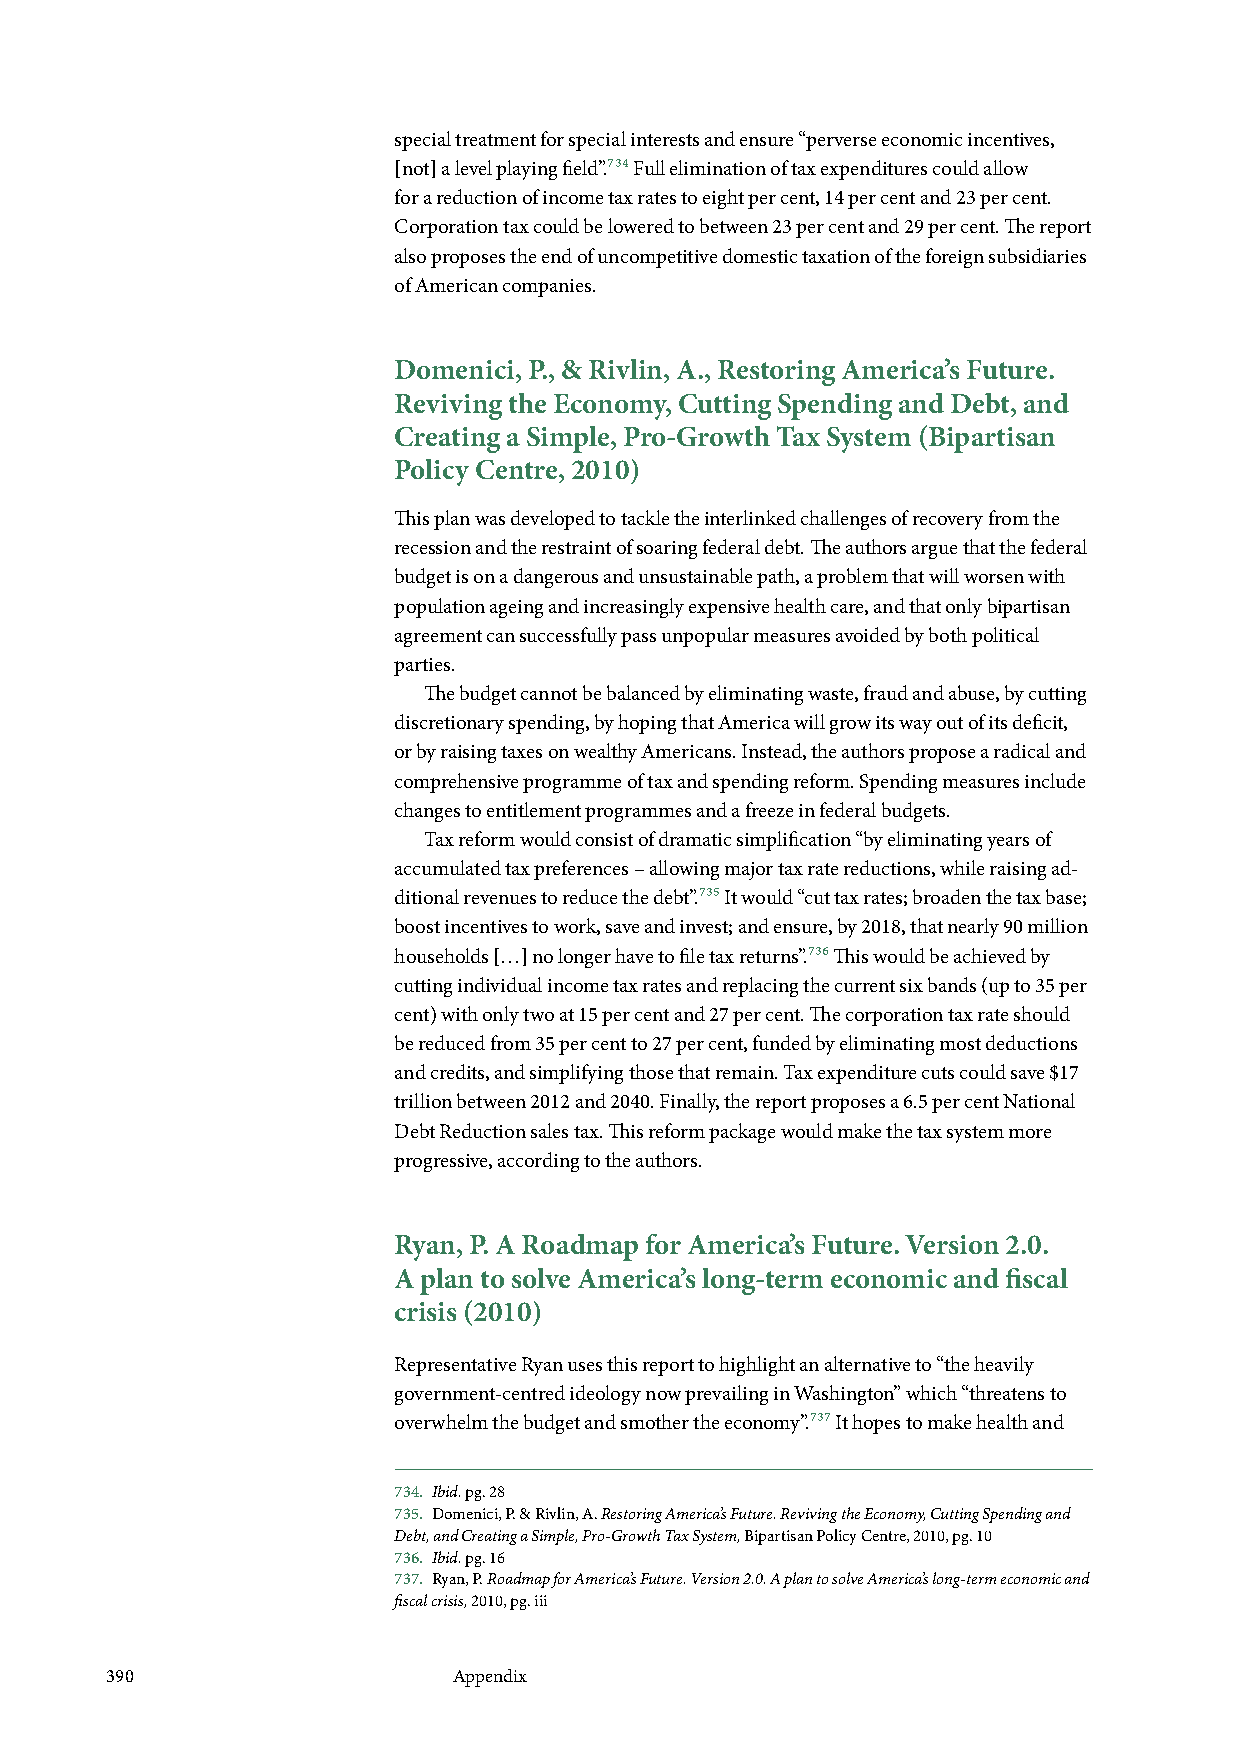
special treatment for special interests and ensure “perverse economic incentives,
 [not] a level playing field”.734 Full elimination of tax expenditures could allow
 for a reduction of income tax rates to eight per cent, 14 per cent and 23 per cent.
 Corporation tax could be lowered to between 23 per cent and 29 per cent. The report
 also proposes the end of uncompetitive domestic taxation of the foreign subsidiaries
 of American companies.
 Domenici, P., & Rivlin, A., Restoring America’s Future.
 Reviving the Economy, Cutting Spending and Debt, and
 Creating a Simple, Pro-Growth Tax System (Bipartisan
 Policy Centre, 2010)
 This plan was developed to tackle the interlinked challenges of recovery from the
 recession and the restraint of soaring federal debt. The authors argue that the federal
 budget is on a dangerous and unsustainable path, a problem that will worsen with
 population ageing and increasingly expensive health care, and that only bipartisan
 agreement can successfully pass unpopular measures avoided by both political
 parties.
 The budget cannot be balanced by eliminating waste, fraud and abuse, by cutting
 discretionary spending, by hoping that America will grow its way out of its deficit,
 or by raising taxes on wealthy Americans. Instead, the authors propose a radical and
 comprehensive programme of tax and spending reform. Spending measures include
 changes to entitlement programmes and a freeze in federal budgets.
 Tax reform would consist of dramatic simplification “by eliminating years of
 accumulated tax preferences – allowing major tax rate reductions, while raising ad-
 ditional revenues to reduce the debt”.735 It would “cut tax rates; broaden the tax base;
 boost incentives to work, save and invest; and ensure, by 2018, that nearly 90 million
 households […] no longer have to file tax returns”.736 This would be achieved by
 cutting individual income tax rates and replacing the current six bands (up to 35 per
 cent) with only two at 15 per cent and 27 per cent. The corporation tax rate should
 be reduced from 35 per cent to 27 per cent, funded by eliminating most deductions
 and credits, and simplifying those that remain. Tax expenditure cuts could save $17
 trillion between 2012 and 2040. Finally, the report proposes a 6.5 per cent National
 Debt Reduction sales tax. This reform package would make the tax system more
 progressive, according to the authors.
 Ryan, P. A Roadmap for America’s Future. Version 2.0.
 A plan to solve America’s long-term economic and fiscal
 crisis (2010)
 Representative Ryan uses this report to highlight an alternative to “the heavily
 government-centred ideology now prevailing in Washington” which “threatens to
 overwhelm the budget and smother the economy”.737 It hopes to make health and
 734. Ibid. pg. 28
 735. Domenici, P. & Rivlin, A. Restoring America’s Future. Reviving the Economy, Cutting Spending and
 Debt, and Creating a Simple, Pro-Growth Tax System, Bipartisan Policy Centre, 2010, pg. 10
 736. Ibid. pg. 16
 737. Ryan, P. Roadmap for America’s Future. Version 2.0. A plan to solve America’s long-term economic and
 fiscal crisis, 2010, pg. iii
 390                    Appendix